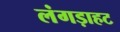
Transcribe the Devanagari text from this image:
लंगड़ाहट